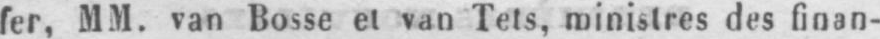
fer, MM. van Bosse et van Tets, ministres des finan-